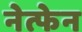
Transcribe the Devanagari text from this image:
नेत्फेन